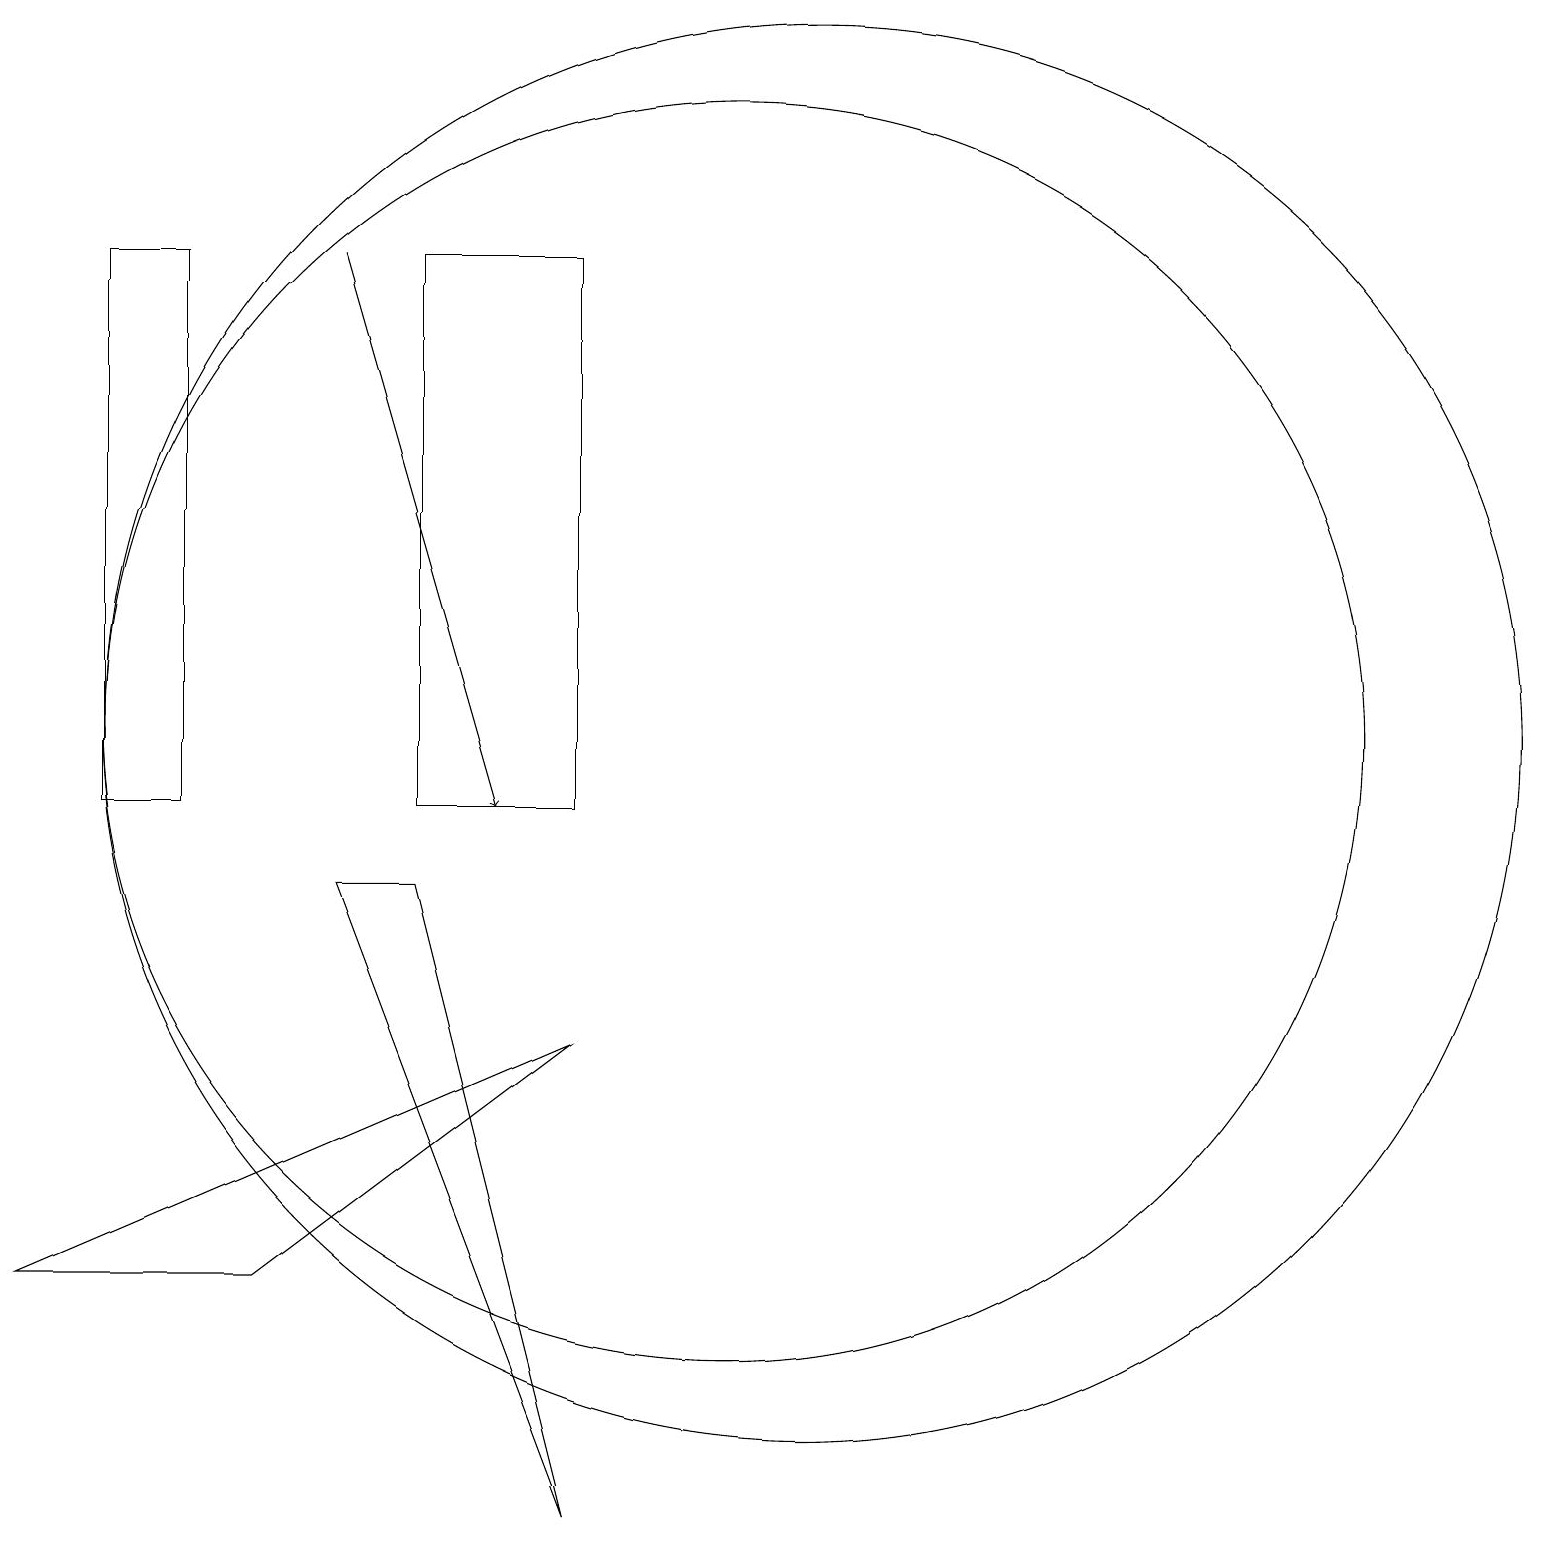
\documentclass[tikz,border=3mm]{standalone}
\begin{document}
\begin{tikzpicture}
\draw (11,11) circle (8);
\draw (12,11) circle (9);
\draw (10,12) circle (0);
\draw[->] (6,17) -- (8,10);
\draw (9,17) rectangle (7,10);
\draw (7,9) -- (6,9) -- (9,1) -- cycle;
\draw (4,17) rectangle (3,10);
\draw (9,7) -- (5,4) -- (2,4) -- cycle;
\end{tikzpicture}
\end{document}